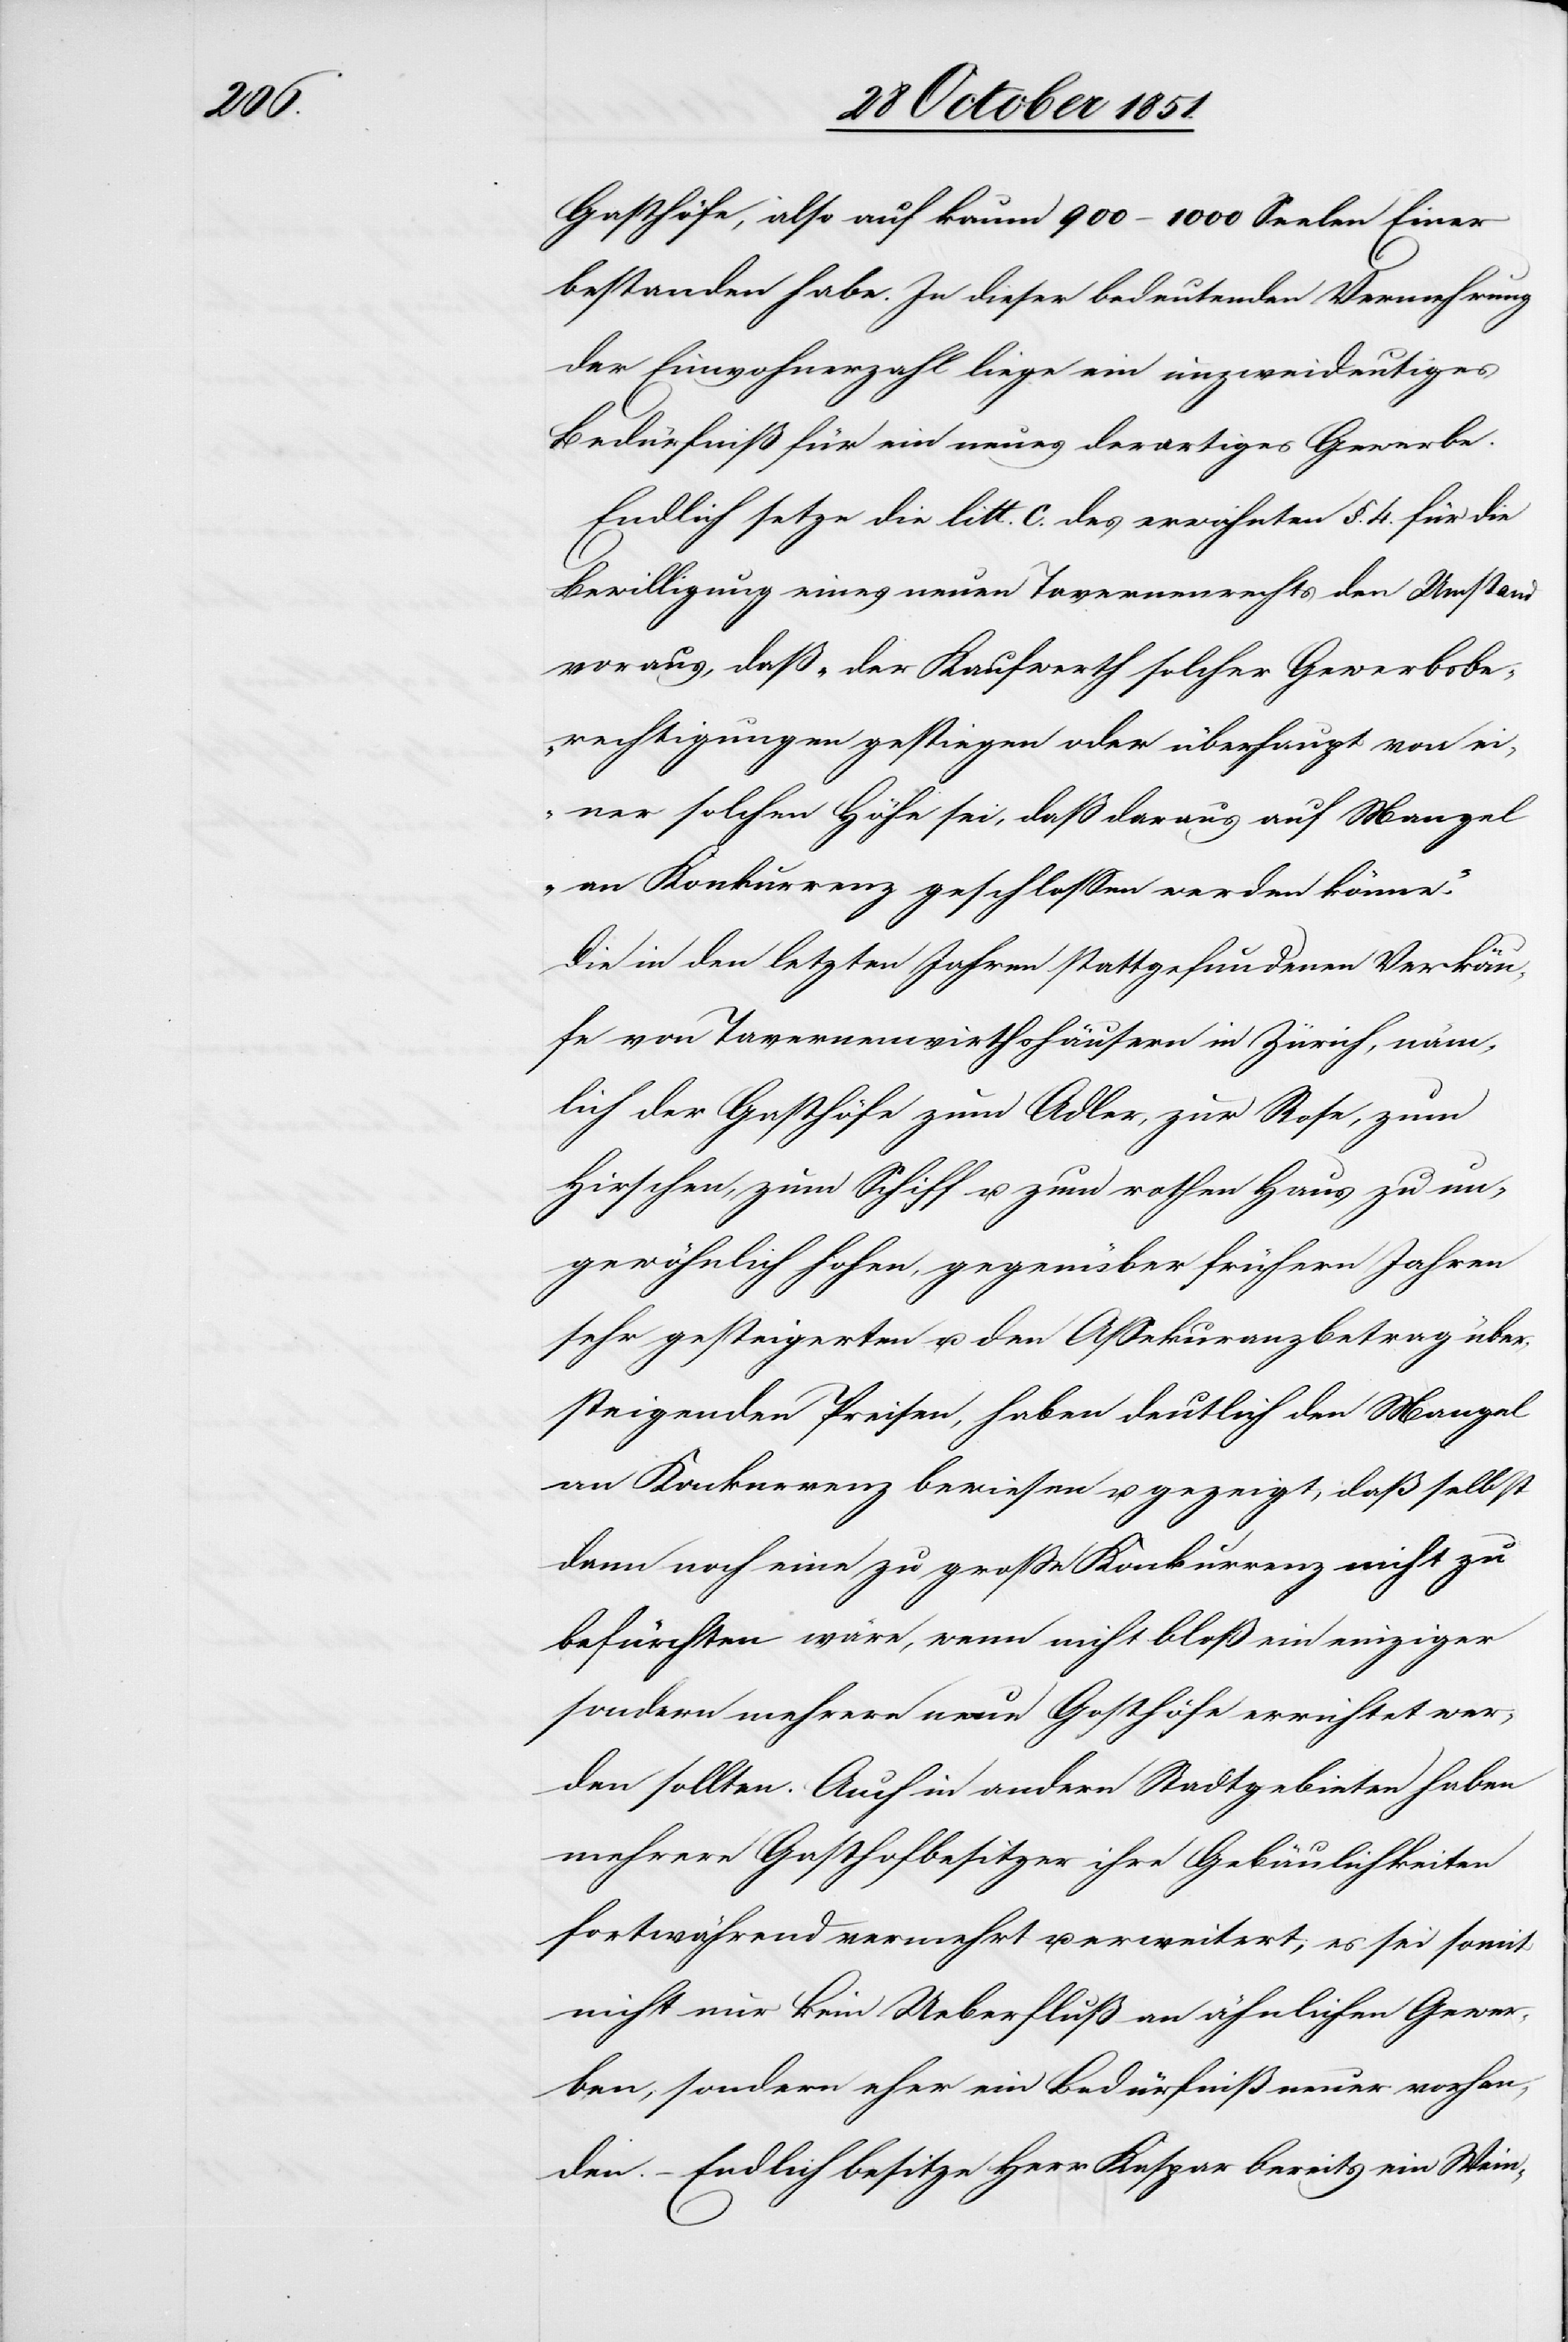
Gasthöfe, also auf kaum 900–1000 Seelen Einer
bestanden habe. In dieser bedeutenden Vermehrung
der Einwohnerzahl liege ein unzweideutiges
Bedürfniß für ein neues derartiges Gewerbe.
Endlich setze die litt. c. des erwähnten §. 4. für die
Bewilligung eines neuen Tavernenrechts den Umstand
voraus, daß „der Kaufwerth solcher Gewerbsbe¬
rechtigungen gestiegen oder überhaupt von ei¬
ner solchen Höhe sei, daß daraus auf Mangel
an Konkurrenz geschlossen werden könne.“
Die in den letzten Jahren stattgefundenen Verkäu¬
fe von Tavernenwirthshäusern in Zürich, näm¬
lich der Gasthöfe zum Adler, zur Rose, zum
Hirschen, zum Schiff u. zum rothen Haus zu un¬
gewöhnlich hohen, gegenüber frühern Jahren
sehr gesteigerten u. den Assekuranzbetrag über¬
steigenden Preisen, haben deutlich den Mangel
an Konkurrenz bewiesen u. gezeigt, daß selbst
dann noch eine zu große Konkurrenz nicht zu
befürchten wäre, wenn nicht bloß ein einziger
sondern mehrere neue Gasthöfe errichtet wer¬
den sollten. Auch in andern Stadtgebieten haben
mehrere Gasthofbesitzer ihre Gebäulichkeiten
fortwährend vermehrt u. erweitert; es sei somit
nicht nur kein Ueberfluß an ähnlichen Gewer¬
ben, sondern eher ein Bedürfniß neuer vorhan¬
den. – Endlich besitze Herr Kaspar bereits ein Wein-